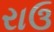
રાઉ